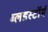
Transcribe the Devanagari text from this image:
ब्लडस्टॉर्म